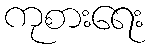
ကုစားရေး